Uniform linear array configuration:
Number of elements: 12
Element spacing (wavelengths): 1
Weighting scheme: binomial
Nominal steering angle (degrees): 0
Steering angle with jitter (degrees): -0.8041
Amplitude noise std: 0.05
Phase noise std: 0.05

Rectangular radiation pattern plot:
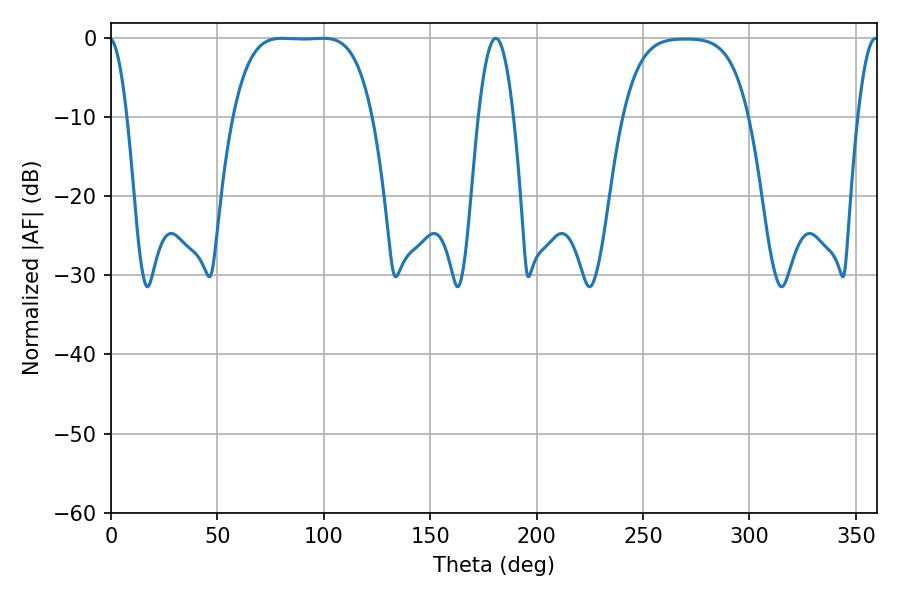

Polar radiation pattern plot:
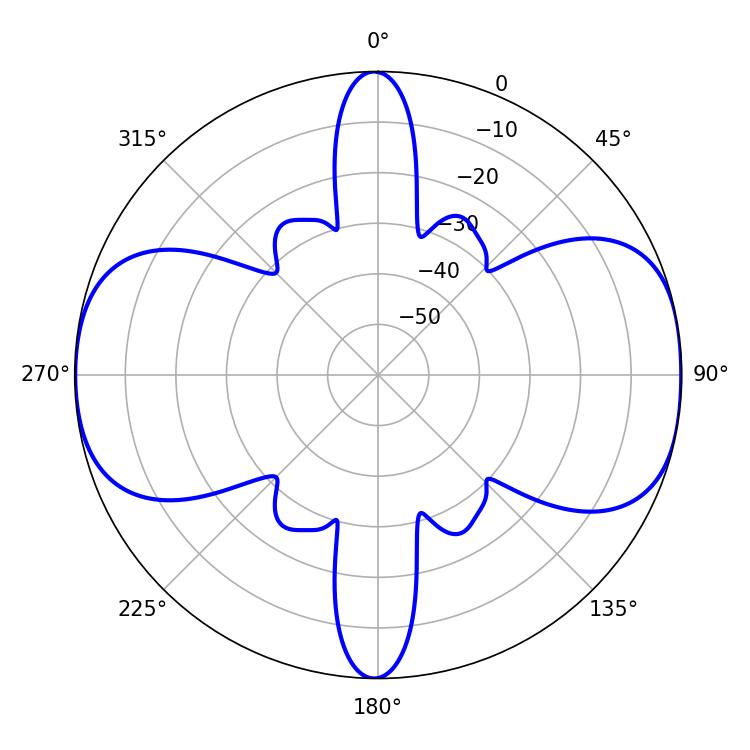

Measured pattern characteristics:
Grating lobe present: TRUE
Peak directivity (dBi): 11.482
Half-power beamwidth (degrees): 50.04
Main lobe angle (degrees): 80.46